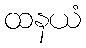
ထနယံ